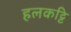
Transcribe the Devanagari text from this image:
हलकट्टि